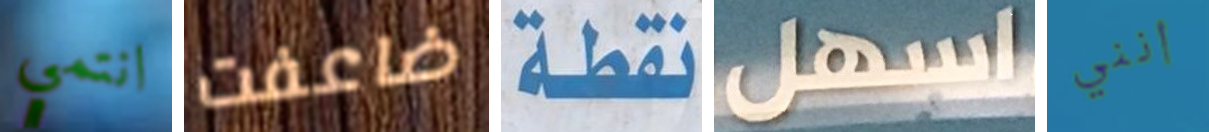
انتمي ضاعفت نقطة اسهل أنني